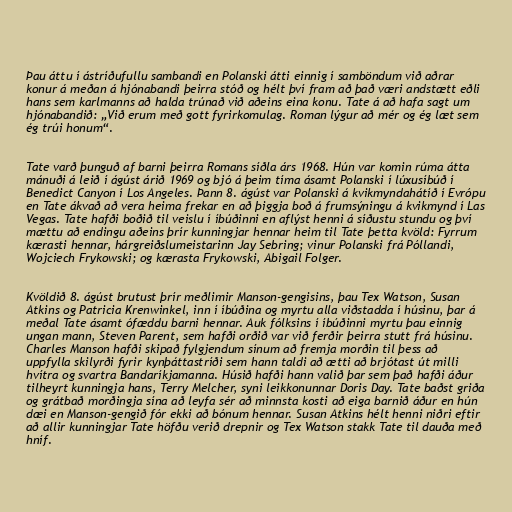
Þau áttu í ástríðufullu sambandi en Polanski átti einnig í samböndum við aðrar
konur á meðan á hjónabandi þeirra stóð og hélt því fram að það væri andstætt eðli
hans sem karlmanns að halda trúnað við aðeins eina konu. Tate á að hafa sagt um
hjónabandið: „Við erum með gott fyrirkomulag. Roman lýgur að mér og ég læt sem
ég trúi honum“.

Tate varð þunguð af barni þeirra Romans síðla árs 1968. Hún var komin rúma átta
mánuði á leið í ágúst árið 1969 og bjó á þeim tíma ásamt Polanski í lúxusíbúð í
Benedict Canyon í Los Angeles. Þann 8. ágúst var Polanski á kvikmyndahátíð í Evrópu
en Tate ákvað að vera heima frekar en að þiggja boð á frumsýningu á kvikmynd í Las
Vegas. Tate hafði boðið til veislu í íbúðinni en aflýst henni á síðustu stundu og því
mættu að endingu aðeins þrír kunningjar hennar heim til Tate þetta kvöld: Fyrrum
kærasti hennar, hárgreiðslumeistarinn Jay Sebring; vinur Polanski frá Póllandi,
Wojciech Frykowski; og kærasta Frykowski, Abigail Folger.

Kvöldið 8. ágúst brutust þrír meðlimir Manson-gengisins, þau Tex Watson, Susan
Atkins og Patricia Krenwinkel, inn í íbúðina og myrtu alla viðstadda í húsinu, þar á
meðal Tate ásamt ófæddu barni hennar. Auk fólksins í íbúðinni myrtu þau einnig
ungan mann, Steven Parent, sem hafði orðið var við ferðir þeirra stutt frá húsinu.
Charles Manson hafði skipað fylgjendum sínum að fremja morðin til þess að
uppfylla skilyrði fyrir kynþáttastríði sem hann taldi að ætti að brjótast út milli
hvítra og svartra Bandaríkjamanna. Húsið hafði hann valið þar sem það hafði áður
tilheyrt kunningja hans, Terry Melcher, syni leikkonunnar Doris Day. Tate baðst griða
og grátbað morðingja sína að leyfa sér að minnsta kosti að eiga barnið áður en hún
dæi en Manson-gengið fór ekki að bónum hennar. Susan Atkins hélt henni niðri eftir
að allir kunningjar Tate höfðu verið drepnir og Tex Watson stakk Tate til dauða með
hníf.